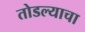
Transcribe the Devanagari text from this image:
तोडल्याचा